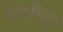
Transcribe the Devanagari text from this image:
आसीनूस्